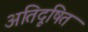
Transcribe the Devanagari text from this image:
अतिदूषित